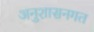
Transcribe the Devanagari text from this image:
अनुशासनगत